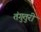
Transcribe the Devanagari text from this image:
तंगुतुरी